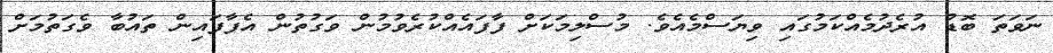
ނަވަތަ ބޮޑު އުރެދުމެއްކަމުގައި ވިޔަސްމެއެވެ. މުސްލިމަކަށް ފާފައެއްކުރެވުމުން ވަގުތުން އެފާފައިން ތައުބާ ވެގަތުމަށް